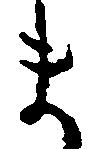
ま